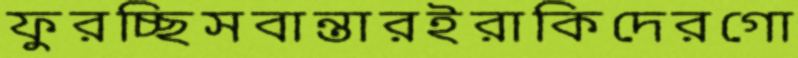
ফুরচ্ছিসবান্তারইরাকিদেরগো